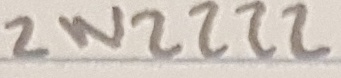
Text: 2N2222